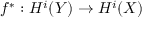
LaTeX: f ^ { * } : H ^ { i } ( Y ) \to H ^ { i } ( X )